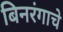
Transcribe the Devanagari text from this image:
बिनरंगाचे